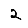
Digit: 2